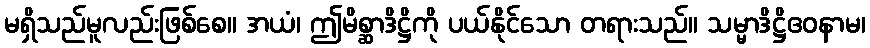
မရှိသည်မူလည်းဖြစ်စေ။ အယံ၊ ဤမိစ္ဆာဒိဋ္ဌိကို ပယ်နိုင်သော တရားသည်။ သမ္မာဒိဋ္ဌိဧဝနာမ၊